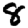
Digit: 8